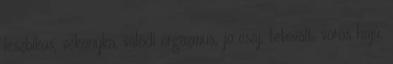
leszbikus, vékonyka, valódi orgazmus, jo csaj, tetovált, vörös hajú,